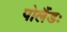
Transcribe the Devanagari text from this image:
पोलैंडः